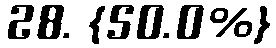
28. {50.0%}